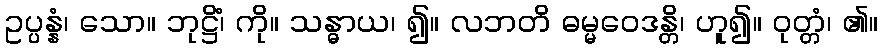
ဥပ္ပန္နံ၊ သော။ ဘုဋ္ဌိံ၊ ကို။ သန္ဓာယ၊ ၍။ လဘတိ ဓမ္မဝေဒန္တိ၊ ဟူ၍။ ဝုတ္တံ၊ ၏။